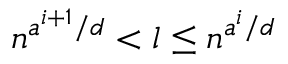
n ^ { a ^ { i + 1 } / d } < l \leq n ^ { a ^ { i } / d }